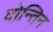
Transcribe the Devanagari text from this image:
दोन्तिन